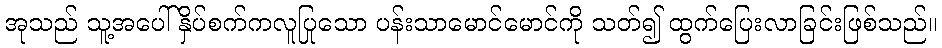
အုသည် သူ့အပေါ် နှိပ်စက်ကလူပြုသော ပန်းသာမောင်မောင်ကို သတ်၍ ထွက်ပြေးလာခြင်းဖြစ်သည်။